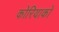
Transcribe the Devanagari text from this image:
कोरियाको